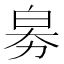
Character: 𤽘